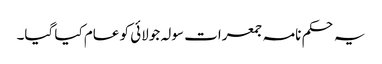
یہ حکم نامہ جمعرات سولہ جولائی کو عام کیا گیا۔